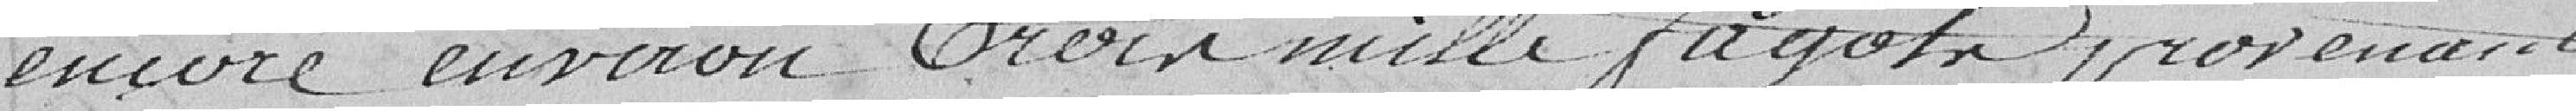
encore environ trois mille fagots provenant